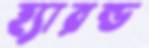
হ্যারল্ড